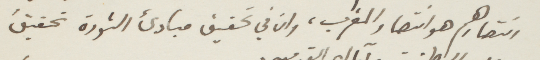
انتصارهم هوانتصار المغرب، وان في تحقيق مبادئ الثورة تحقيق